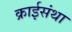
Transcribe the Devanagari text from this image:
क्राईसंथा